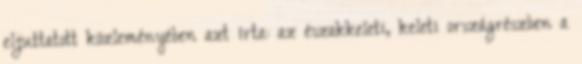
eljuttatott közleményében azt írta: az északkeleti, keleti országrészben a